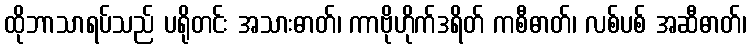
ထိုဘာသာရပ်သည် ပရိုတင်း အသားဓာတ်၊ ကာဗိုဟိုက်ဒရိတ် ကစီဓာတ်၊ လစ်ပစ် အဆီဓာတ်၊